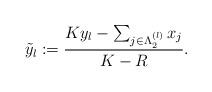
LaTeX: \begin{align*} \tilde{y}_l : = \frac{Ky_l - \sum_{j \in \Lambda_2^{(l)}}x_j}{K-R}.\end{align*}